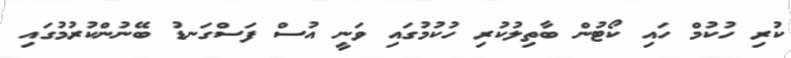
ކުރި ހުކުމް ހައި ކޯޓުން ބާތިލުކުރި ހުކުމުގައި ވަނީ އުސް ފަސްގަނޑު ބޭނުންކުރުމުގައި